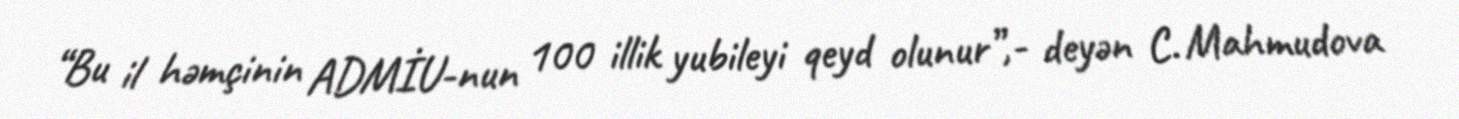
“Bu il həmçinin ADMİU-nun 100 illik yubileyi qeyd olunur”,- deyən C. Mahmudova